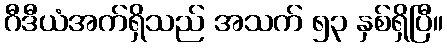
ဂီဒီယံအက်ရှိသည် အသက် ၅၃ နှစ်ရှိပြီ။